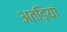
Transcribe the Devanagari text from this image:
अतड़ियां